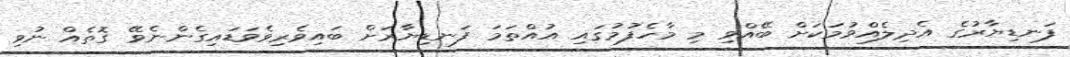
ފަނޑިޔާރުގެ އެދިލެއްވުމަކަށް ބޭއްވި މި މާހެފުމުގައި އުއްތަމަ ފަނޑިޔާރަށް ބައިވެރިވެވަޑައިގެންނެވޭ ގޮތެއް ނުވި